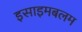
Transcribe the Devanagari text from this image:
इसाइमबलम